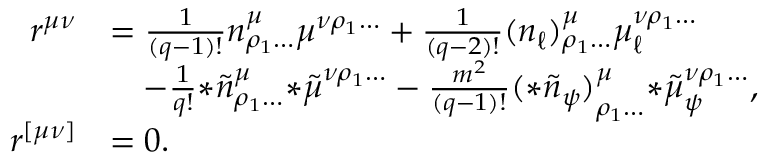
\begin{array} { r l } { r ^ { \mu \nu } } & { = \frac { 1 } { ( q - 1 ) ! } n ^ { \mu } _ { \rho _ { 1 } \ldots } \mu ^ { \nu \rho _ { 1 } \ldots } + \frac { 1 } { ( q - 2 ) ! } ( n _ { \ell } ) ^ { \mu } _ { \rho _ { 1 } \ldots } \mu _ { \ell } ^ { \nu \rho _ { 1 } \ldots } } \\ & { \quad - \frac { 1 } { q ! } { * \tilde { n } } ^ { \mu } _ { \rho _ { 1 } \ldots } { * \tilde { \mu } } ^ { \nu \rho _ { 1 } \ldots } - \frac { m ^ { 2 } } { ( q - 1 ) ! } { ( * \tilde { n } _ { \psi } ) } ^ { \mu } _ { \rho _ { 1 } \ldots } { * \tilde { \mu } } _ { \psi } ^ { \nu \rho _ { 1 } \ldots } , } \\ { r ^ { [ \mu \nu ] } } & { = 0 . } \end{array}